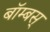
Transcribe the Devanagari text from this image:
बॉम्बस्